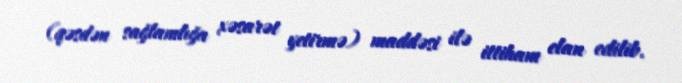
(qəsdən sağlamlığa xəsarət yetirmə) maddəsi ilə ittiham elan edilib.